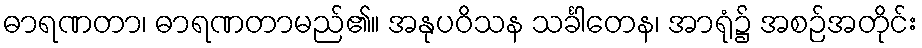
ဓာရဏတာ၊ ဓာရဏတာမည်၏။ အနုပဝိသန သင်္ခါတေန၊ အာရုံ၌ အစဉ်အတိုင်း